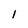
Character: I